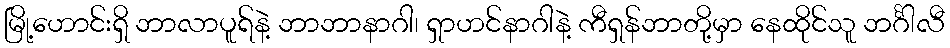
မြို့ဟောင်းရှိ ဘာလာပူရ်နဲ့ ဘာဘာနာဂါ၊ ရှာဟင်နာဂါနဲ့ ကီရှန်ဘာတို့မှာ နေထိုင်သူ ဘင်္ဂါလီ